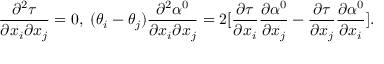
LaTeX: \frac { \partial ^ { 2 } \tau } { \partial x _ { i } \partial x _ { j } } = 0 , \; ( \theta _ { i } - \theta _ { j } ) \frac { \partial ^ { 2 } \alpha ^ { 0 } } { \partial x _ { i } \partial x _ { j } } = 2 [ \frac { \partial \tau } { \partial x _ { i } } \frac { \partial \alpha ^ { 0 } } { \partial x _ { j } } - \frac { \partial \tau } { \partial x _ { j } } \frac { \partial \alpha ^ { 0 } } { \partial x _ { i } } ] .